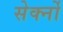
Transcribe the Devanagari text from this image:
सेर्क्नो